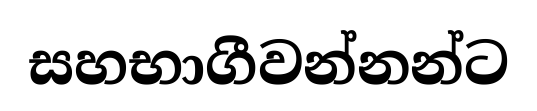
සහභාගීවන්නන්ට